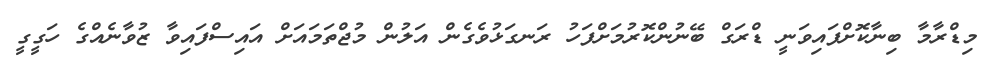
މިޑްރާމާ ބިނާކޮށްފައިވަނީ ޑްރަގް ބޭނުންކޮރުމަށްފަހު ރަނގަޅުވެގެން އަލުން މުޖްތަމައަށް އައިސްފައިވާ ޒުވާނެއްގެ ހަގީގީ